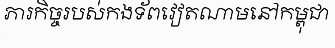
ភារកិច្ចរបស់កងទ័ពវៀតណាមនៅកម្ពុជា